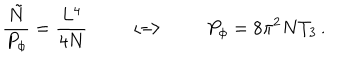
LaTeX: \frac { { \tilde { N } } } { P _ { \phi } } = \frac { L ^ { 4 } } { 4 N } \qquad \Longleftrightarrow \qquad P _ { \phi } = 8 \pi ^ { 2 } N T _ { 3 } \, .